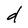
Character: d